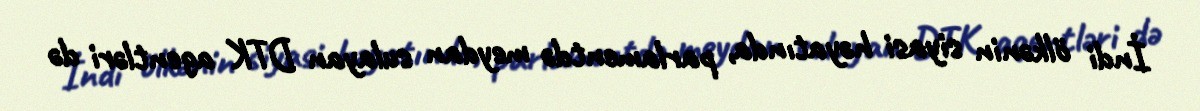
İndi ölkənin siyasi həyatında, parlamentdə meydan sulayan DTK agentləri də